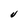
Character: U